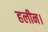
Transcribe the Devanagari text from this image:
हलीन।